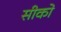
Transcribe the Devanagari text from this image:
सीको